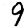
Digit: 9